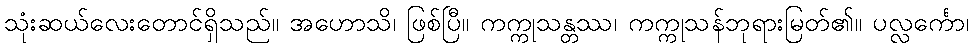
သုံးဆယ်လေးတောင်ရှိသည်။ အဟောသိ၊ ဖြစ်ပြီ။ ကက္ကုသန္တဿ၊ ကက္ကုသန်ဘုရားမြတ်၏။ ပလ္လင်္ကော၊